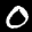
Digit: 0